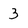
Character: 3